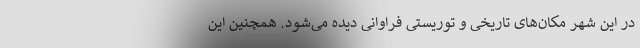
در این شهر مکان‌های تاریخی و توریستی فراوانی دیده می‌شود. همچنین این